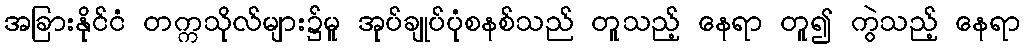
အခြားနိုင်ငံ တက္ကသိုလ်များ၌မူ အုပ်ချုပ်ပုံစနစ်သည် တူသည့် နေရာ တူ၍ ကွဲသည့် နေရာ